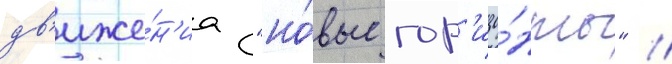
дв'иже́н'иа "но́вые гор'изо́нты" //